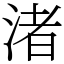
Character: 渚